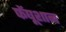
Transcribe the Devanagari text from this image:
फेंघूशान